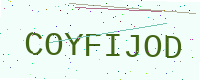
Text: COYFIJOD